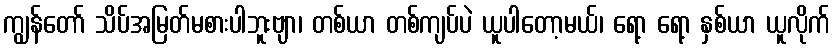
ကျွန်တော် သိပ်အမြတ်မစားပါဘူးဗျာ၊ တစ်ယာ တစ်ကျပ်ပဲ ယူပါတော့မယ်၊ ရော့ ရော့ နှစ်ယာ ယူလိုက်